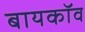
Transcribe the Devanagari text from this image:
बायकॉव